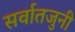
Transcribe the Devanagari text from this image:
सर्वातजुनी